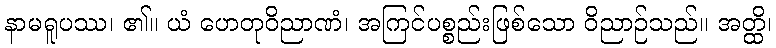
နာမရူပဿ၊ ၏။ ယံ ဟေတုဝိညာဏံ၊ အကြင်ပစ္စည်းဖြစ်သော ဝိညာဉ်သည်။ အတ္ထိ၊